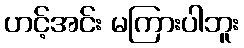
ဟင့်အင်း မကြားပါဘူး